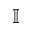
\mathbb { I }